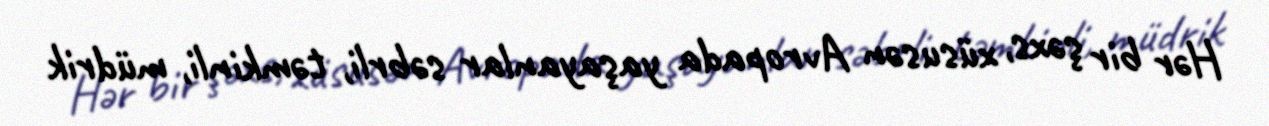
Hər bir şəxs, xüsusən Avropada yaşayanlar səbrli, təmkinli, müdrik